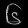
Digit: ၆